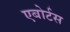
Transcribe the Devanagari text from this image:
एबोर्टस